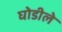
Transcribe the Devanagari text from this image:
घोडीले